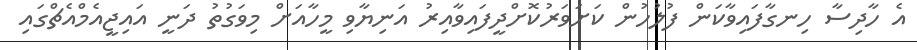
އެ ހާދިސާ ހިނގާފައިވާކަން ފުލުހުން ކަށަވަރުކޮށްދީފައިވާއިރު އަނިޔާވި މީހާއަށް މިވަގުތު ދަނީ އައިޖީއެމްއެޗްގައި